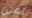
إعتن